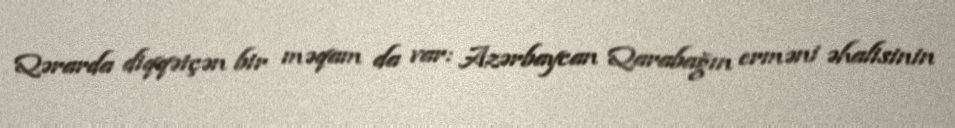
Qərarda diqqətçən bir məqam da var: Azərbaycan Qarabağın erməni əhalisinin